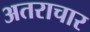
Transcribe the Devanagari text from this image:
अतराचार